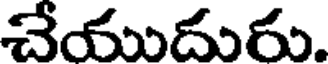
చేయుదురు.